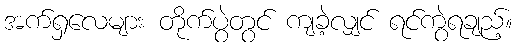
အက်ရှလေများ တိုက်ပွဲတွင် ကျခဲ့လျှင် ရင်ကွဲရချည့်။